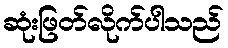
ဆုံးဖြတ်လိုက်ပါသည်